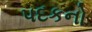
પદકનો